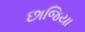
છાજિયા